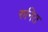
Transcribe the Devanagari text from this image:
रुनित